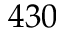
4 3 0